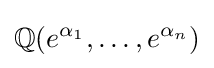
\mathbb {Q} (e^{\alpha _{1}},\dots ,e^{\alpha _{n}})